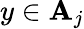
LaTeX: y\in\mathbf{A}_{j}